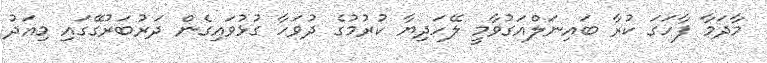
މާދަމާ ފާހަގަ ކުރާ ބައިނަލްއަގުވާމީ ލޭހަދިޔާ ކުރުމުގެ ދުވަހާ ގުޅުވައިގެން ދަރުބަރުގޭގައި މިއަދު